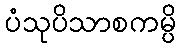
ပံသုပိသာစကမ္ပိ